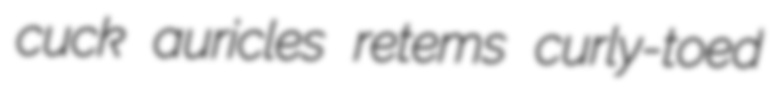
cuck auricles retems curly-toed